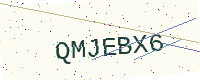
Text: QMJEBX6